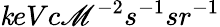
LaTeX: \mathit{k}eVc\mathscr{M}^{-2}s^{-1}sr^{-1}